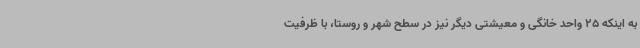
به اینکه 25 واحد خانگی و معیشتی دیگر نیز در سطح شهر و روستا، با ظرفیت